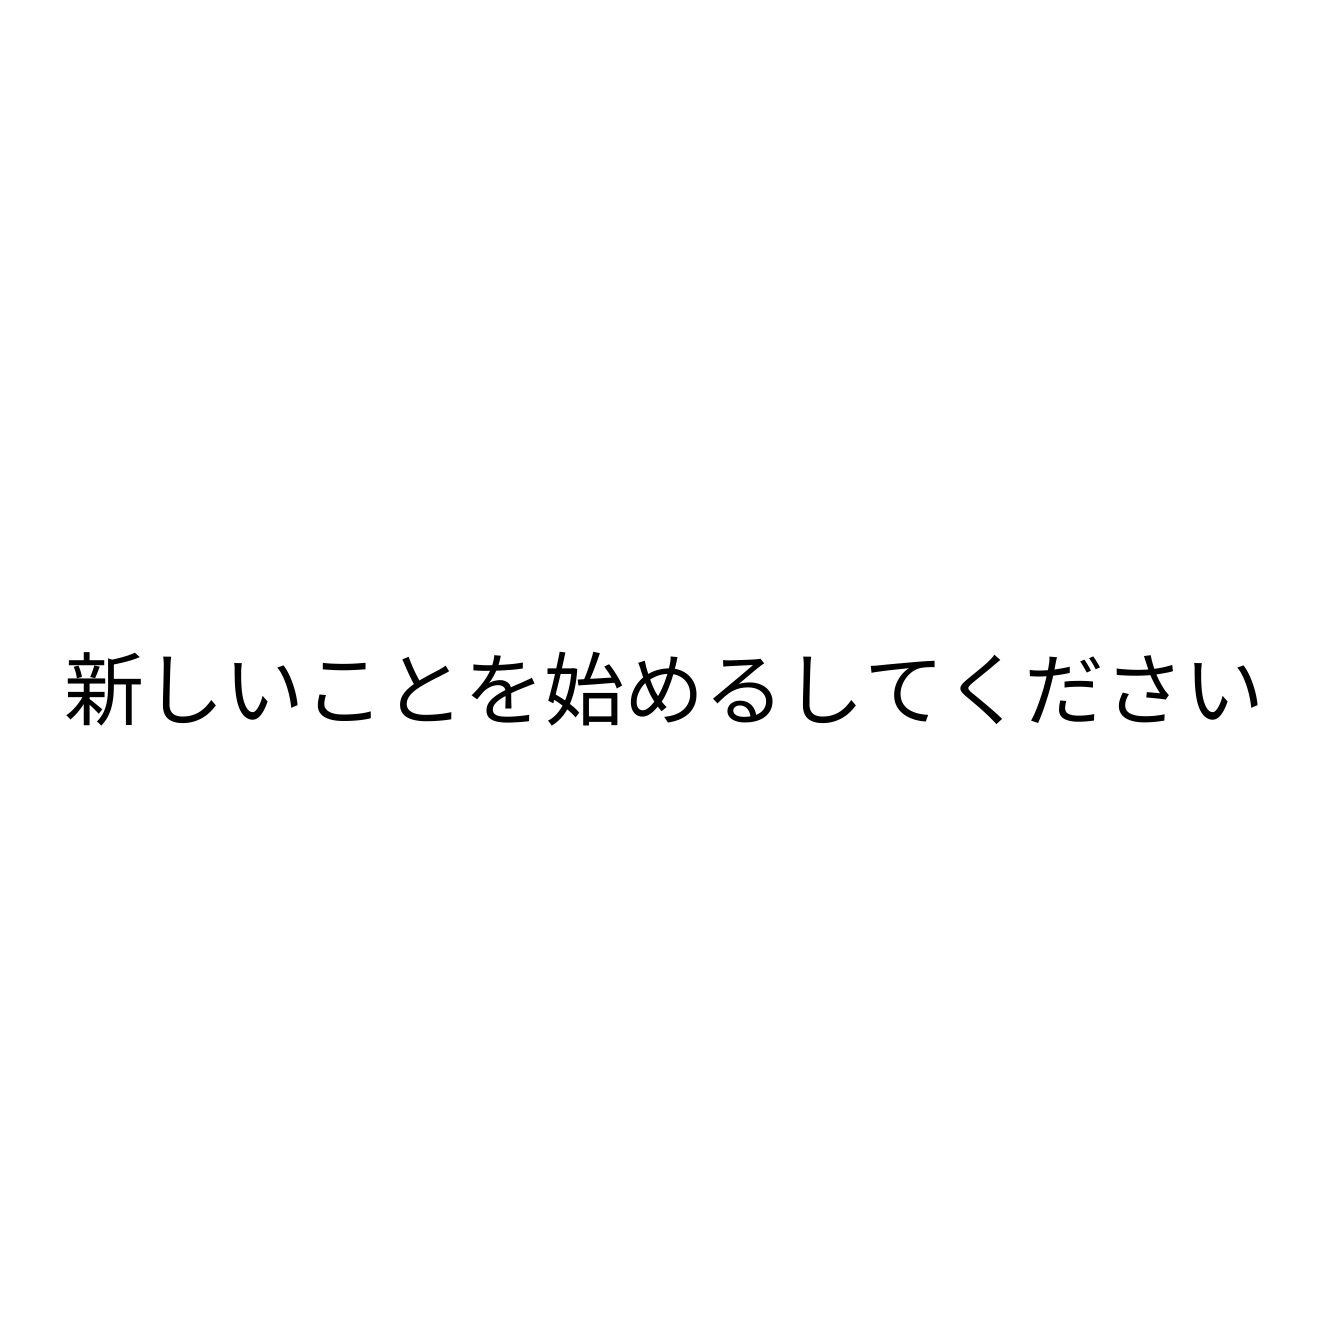
新しいことを始めるしてください